Leaving Certificate, 1898
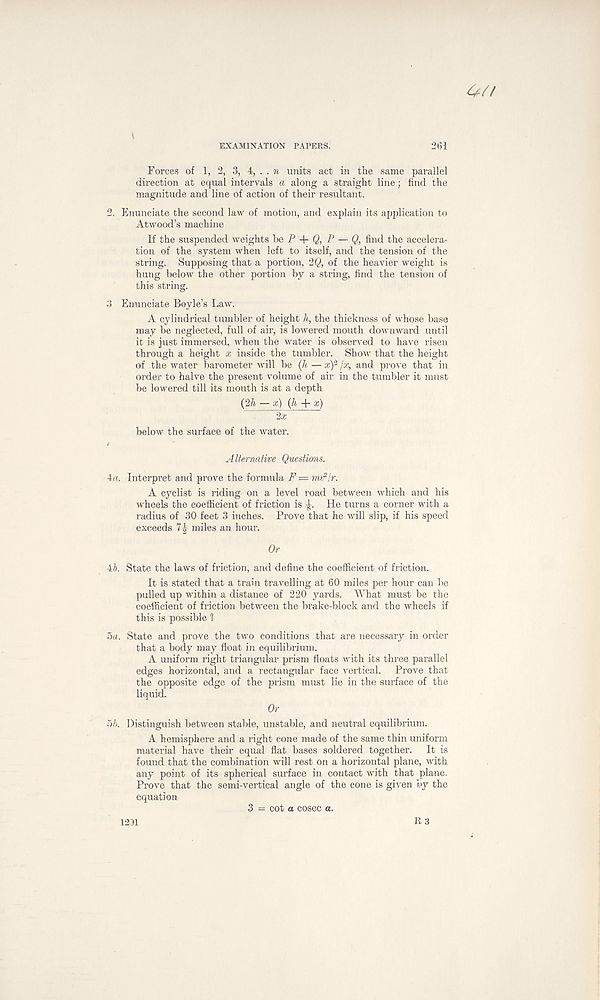
Cf/f
EXAMINATION PAPERS.
261
Forces of 1, 2, 3, 4, . . n units act in the same parallel
direction at equal intervals a along a straight line; find the
magnitude and line of action of their resultant.
2. Enunciate the second law of motion, and explain its application to
Atwood’s machine
If the suspended weights he P + Q, P — Q, find the accelera-
tion of the system when left to itself, and the tension of the
string. Supposing that a portion, 2Q, of the heavier weight is
hung below the other portion by a string, find the tension of
this string.
3 Enunciate Boyle’s Law.
A cylindrical tumbler of height h, the thickness of whose base
may be neglected, full of air, is lowered mouth downward until
it is just immersed, when the water is observed to have risen
through a height x inside the tumbler. Show that the height
of the water barometer will be (h — x) 2 jx, and prove that in
order to halve the present volume of air in the tumbler it must
be lowered till its mouth is at a depth
(2/i — x) (h + x)
2x
below the surface of the water.
Alternative Questions.
4a. Interpret and prove the formula F — mtflr.
A cyclist is riding on a level road between which and his
wheels the coefficient of friction is He turns a corner with a
radius of 30 feet 3 inches. Prove that he will slip, if his speed
exceeds 7| miles an hour.
Or
ib. State the laws of friction, and define the coefficient of friction.
It is stated that a train travelling at 60 miles per hour can be
pulled up within a distance of 220 yards. What must be the
coefficient of friction between the brake-block and the wheels if
this is possible 1
5a. State and prove the two conditions that are necessary in order
that a body may float in equilibrium.
A uniform right triangular prism floats with its three parallel
edges horizontal, and a rectangular face vertical. Prove that
the opposite edge of the prism must lie in the surface of the
liquid.
Or
5b. Distinguish between stable, unstable, and neutral equilibrium.
A hemisphere and a right cone made of the same thin uniform
material have their equal flat bases soldered together. It is
found that the combination will rest on a horizontal plane, with
any point of its spherical surface in contact with that plane.
Prove that the semi-vertical angle of the cone is given by the
equation
3 - cot a cosec o.
12)1
R 3